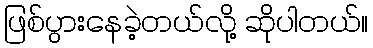
ဖြစ်ပွားနေခဲ့တယ်လို့ ဆိုပါတယ်။